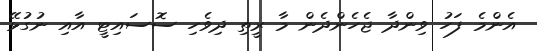
އެންމެ ފަހު ވިންދާ ޖެހެންދެން މާ ރީތި ދިވެހި ސޮސައިޓީ އާއި ނުގުޅޭ